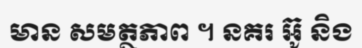
មាន សមត្ថភាព ។ នគរ អ៊ូ និង